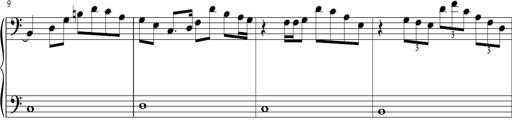
Title: Sonatina in C major
Composer: Or Vaitzman
Key: C major